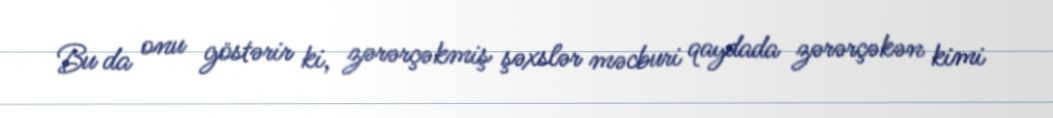
Bu da onu göstərir ki, zərərçəkmiş şəxslər məcburi qaydada zərərçəkən kimi